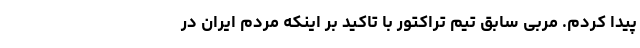
پیدا کردم. مربی سابق تیم تراکتور با تاکید بر اینکه مردم ایران در